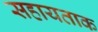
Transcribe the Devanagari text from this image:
सहायताक